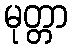
မုတ္တာ